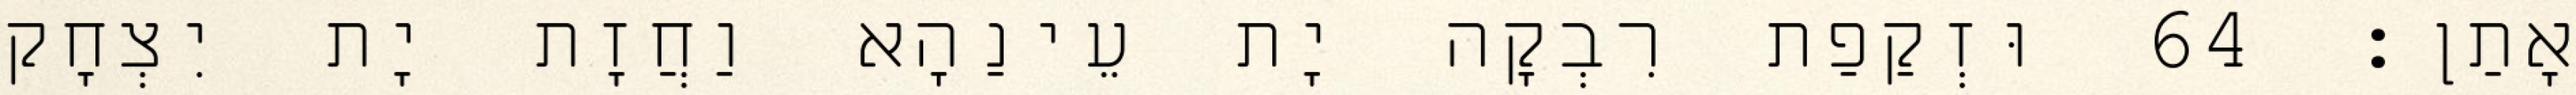
אָתַן׃ 64 וּזְקַפַת רִבְקָה יָת עֵינַהָא וַחֲזָת יָת יִצְחָק